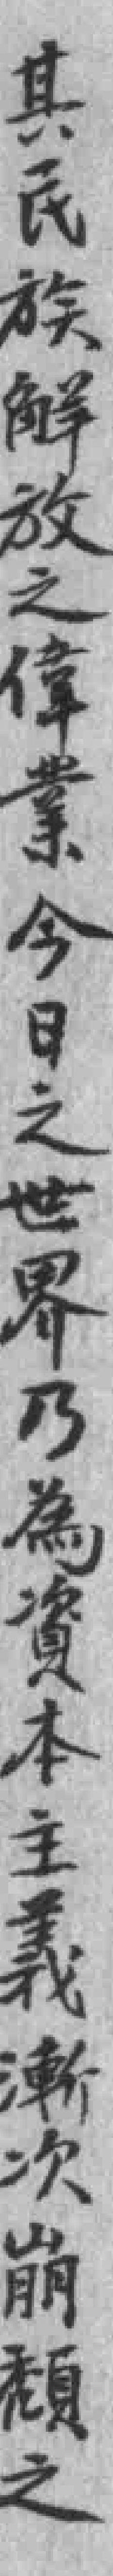
其民族觧放之偉業今日之世界乃為資本主義漸次崩頹之